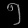
Digit: ၅